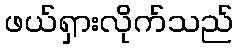
ဖယ်ရှားလိုက်သည်